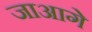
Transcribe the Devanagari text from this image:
जाआगे